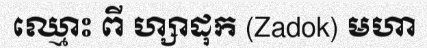
ឈ្មោះ ពី ហ្សាដុក (Zadok) មហា